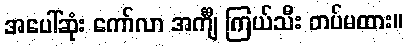
အပေါ်ဆုံး ကော်လာ အင်္ကျီ ကြယ်သီး တပ်မထား။